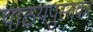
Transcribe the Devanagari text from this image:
पाठयपुस्तक।